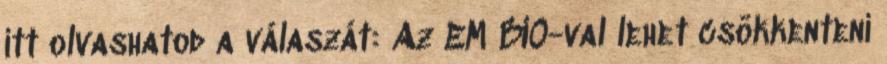
itt olvashatod a válaszát: Az EM BIO-val lehet csökkenteni